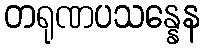
တရုဏပသန္နေန